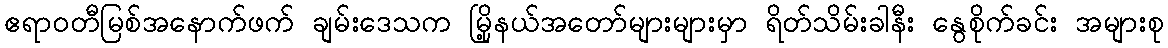
ဧရာဝတီမြစ်အနောက်ဖက် ချမ်းဒေသက မြို့နယ်အတော်များများမှာ ရိတ်သိမ်းခါနီး နွေစိုက်ခင်း အများစု